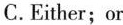
C.Either;or